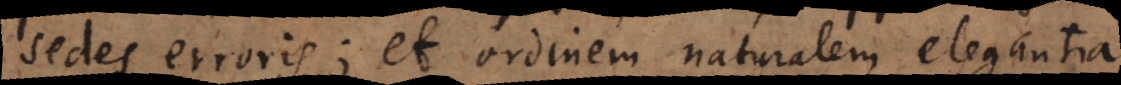
sedes erroris; et ordinem naturalem elegantia